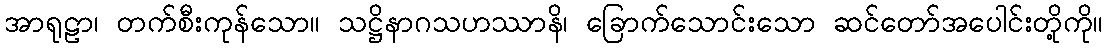
အာရုဠာ၊ တက်စီးကုန်သော။ သဋ္ဌိနာဂသဟဿာနိ၊ ခြောက်သောင်းသော ဆင်တော်အပေါင်းတို့ကို။